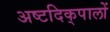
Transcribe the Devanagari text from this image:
अष्टदिक्‌पालों